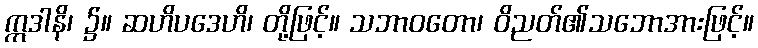
ဣဒါနိ၊ ၌။ ဆဟိပဒေဟိ၊ တို့ဖြင့်။ သဘာဝတော၊ ဝိညတ်၏သဘောအားဖြင့်။